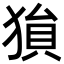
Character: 𪻅